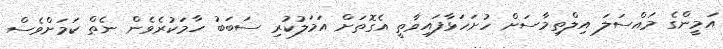
އަމީންގެ މައްސަލަ އިލްތިމާސަށް ހުށަހަޅާފައިވާތީ އެގޮތަށް އަމަލުކުރި ސަބަބު ހާމަކުރެވެން ނެތް ކަމަށްވެސް